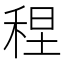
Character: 𫀴